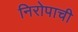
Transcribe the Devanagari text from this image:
निरोपाची